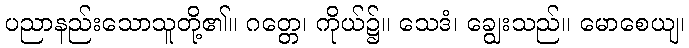
ပညာနည်းသောသူတို့၏။ ဂတ္တေ၊ ကိုယ်၌။ သေဒံ၊ ချွေးသည်။ မောစေယျ၊